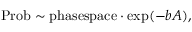
\mathrm { P r o b } \sim \mathrm { p h a s e s p a c e } \cdot \exp ( - b A ) ,